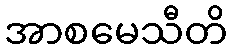
အာစမေသီတိ